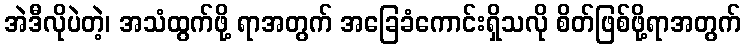
အဲဒီလိုပဲတဲ့၊ အသံထွက်ဖို့ ရာအတွက် အခြေခံကောင်းရှိသလို စိတ်ဖြစ်ဖို့ရာအတွက်